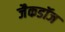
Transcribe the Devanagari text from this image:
जैकडॉज